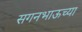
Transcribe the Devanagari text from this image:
सगनभाऊच्या